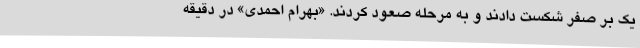
یک بر صفر شکست دادند و به مرحله صعود کردند. «بهرام احمدی» در دقیقه